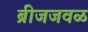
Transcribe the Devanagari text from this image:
ब्रीजजवळ